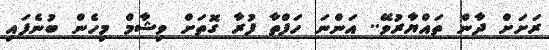
ރަށަށް ދާން ތައްޔާރުވޭ.. އަންނަ ހަފްތާ ފުރާ ގޮތަށް ވިޝާމް މިހެން ބުނެފައި